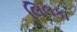
લિલકા